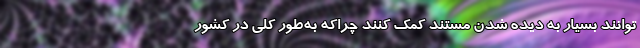
‌توانند بسیار به دیده شدن مستند کمک کنند چراکه به‌طور کلی در کشور